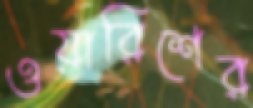
ওয়ারিশের